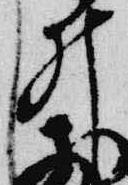
井